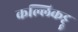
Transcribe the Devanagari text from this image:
कल्लिकट्टू